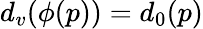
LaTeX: {d_{v}(\phi(p))=d_{0}(p)}